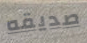
صديقه